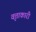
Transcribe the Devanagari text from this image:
वृत्ताकारी